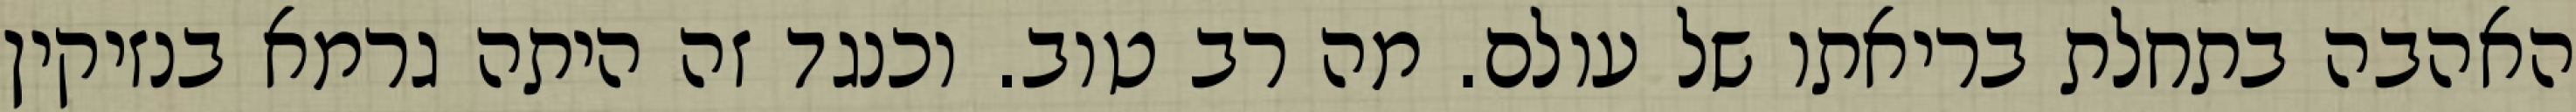
האהבה בתחלת בריאתו של עולם. מה רב טוב. וכנגד זה היתה גרמא בנזיקין